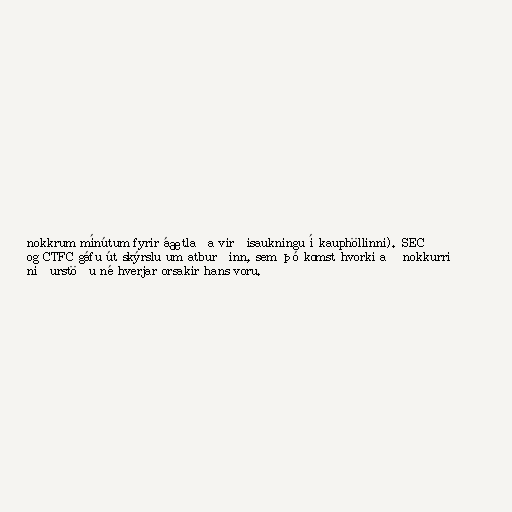
nokkrum mínútum fyrir áætlaða virðisaukningu í kauphöllinni). SEC
og CTFC gáfu út skýrslu um atburðinn, sem þó komst hvorki að nokkurri
niðurstöðu né hverjar orsakir hans voru.